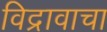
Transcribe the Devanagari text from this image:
विद्रावाचा